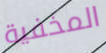
المخفية